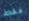
فقط